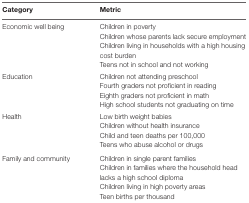
<table><thead><tr><td><b>Category</b></td><td><b>Metric</b></td></tr></thead><tbody><tr><td rowspan="4">Economic well being</td><td>Children in poverty</td></tr><tr><td>Children whose parents lack secure employment</td></tr><tr><td>Children living in households with a high housing cost burden</td></tr><tr><td>Teens not in school and not working</td></tr><tr><td rowspan="4">Education</td><td>Children not attending preschool</td></tr><tr><td>Fourth graders not proficient in reading</td></tr><tr><td>Eighth graders not proficient in math</td></tr><tr><td>High school students not graduating on time</td></tr><tr><td rowspan="4">Health</td><td>Low birth weight babies</td></tr><tr><td>Children without health insurance</td></tr><tr><td>Child and teen deaths per 100,000</td></tr><tr><td>Teens who abuse alcohol or drugs</td></tr><tr><td rowspan="4">Family and community</td><td>Children in single parent families</td></tr><tr><td>Children in families where the household head lacks a high school diploma</td></tr><tr><td>Children living in high poverty areas</td></tr><tr><td>Teen births per thousand</td></tr></tbody></table>